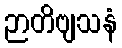
ဉာတိဗျသနံ